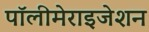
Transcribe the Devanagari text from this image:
पॉलीमेराइजेशन